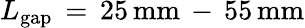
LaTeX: L_{\mathrm{{gap}}}\, =\, 25\, \mathrm{{mm}\, -\, 55\, \mathrm{{mm}}}